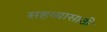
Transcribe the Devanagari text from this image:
सहय्यासाठी